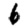
Digit: 6